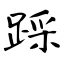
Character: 踩